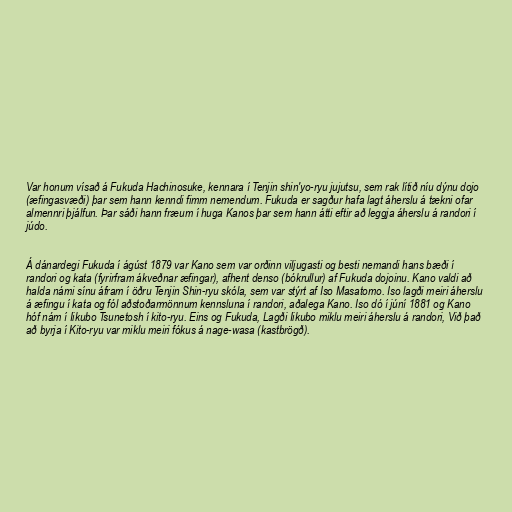
Var honum vísað á Fukuda Hachinosuke, kennara í Tenjin shin'yo-ryu jujutsu, sem rak lítið níu dýnu dojo
(æfingasvæði) þar sem hann kenndi fimm nemendum. Fukuda er sagður hafa lagt áherslu á tækni ofar
almennri þjálfun. Þar sáði hann fræum í huga Kanos þar sem hann átti eftir að leggja áherslu á randori í
júdo.

Á dánardegi Fukuda í ágúst 1879 var Kano sem var orðinn viljugasti og besti nemandi hans bæði í
randori og kata (fyrirfram ákveðnar æfingar), afhent denso (bókrullur) af Fukuda dojoinu. Kano valdi að
halda námi sínu áfram í öðru Tenjin Shin-ryu skóla, sem var stýrt af Iso Masatomo. Iso lagði meiri áherslu
á æfingu í kata og fól aðstoðarmönnum kennsluna í randori, aðalega Kano. Iso dó í júní 1881 og Kano
hóf nám í Iikubo Tsunetosh í kito-ryu. Eins og Fukuda, Lagði Iikubo miklu meiri áherslu á randori, Við það
að byrja í Kito-ryu var miklu meiri fókus á nage-wasa (kastbrögð).